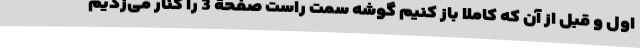
اول و قبل از آن که کاملا باز کنیم گوشه سمت راست صفحۀ 3 را کنار می‌زدیم